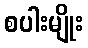
စပါးမျိုး